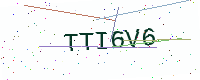
Text: TTI6V6